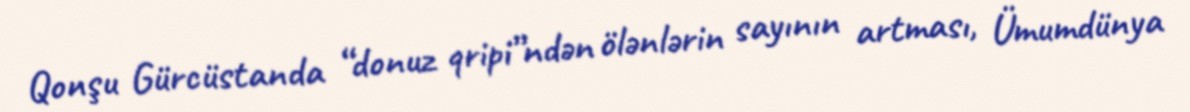
Qonşu Gürcüstanda “donuz qripi”ndən ölənlərin sayının artması, Ümumdünya